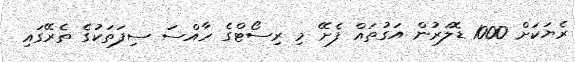
ރެޔަކަށް 1000 ޑޮލަރުން އަގުތައް ފެށޭ މި ރިސޯޓްގެ ހާއްސަ ސިފަތަކުގެ ތެރޭގައި